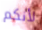
لأنكم